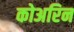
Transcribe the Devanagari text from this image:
कोअरिन